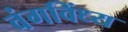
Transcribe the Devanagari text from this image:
वंगविंध्य